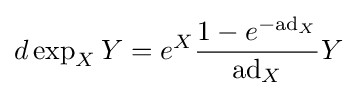
d\exp _{X}Y=e^{X}{\frac {1-e^{-\mathrm {ad} _{X}}}{\mathrm {ad} _{X}}}Y